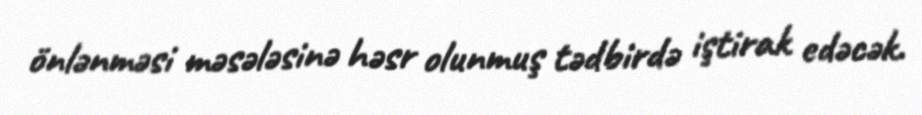
önlənməsi məsələsinə həsr olunmuş tədbirdə iştirak edəcək.